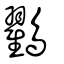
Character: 鸐